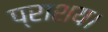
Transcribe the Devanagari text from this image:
प्राशय।